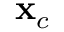
\mathbf { x } _ { c }